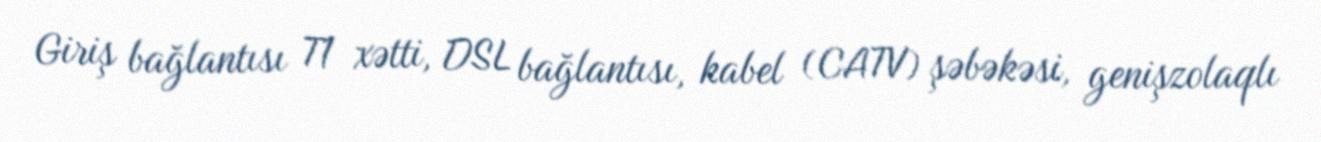
Giriş bağlantısı T1 xətti, DSL bağlantısı, kabel (CATV) şəbəkəsi, genişzolaqlı